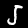
Label: 5